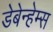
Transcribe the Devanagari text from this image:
डेबेन्हेम्स